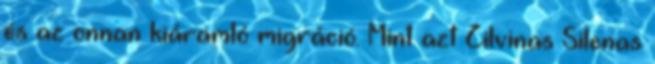
és az onnan kiáramló migráció. Mint azt Zilvinas Silenas